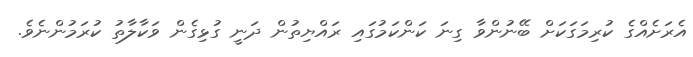
އެރަށެއްގެ ކުރިމަގަކަށް ބޭނުންވާ ގިނަ ކަންކަމުގައި ރައްޔިތުން ދަނީ ގުޅިގެން ވަކާލާތު ކުރަމުންނެވެ.